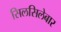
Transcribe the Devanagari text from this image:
सिलसिलेबार